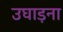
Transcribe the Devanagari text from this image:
उघाड़ना